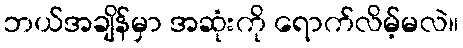
ဘယ်အချိန်မှာ အဆုံးကို ရောက်လိမ့်မလဲ။